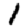
Digit: 1